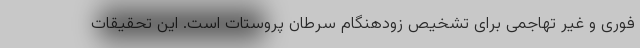
فوری و غیر تهاجمی برای تشخیص زودهنگام سرطان پروستات است. این تحقیقات